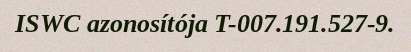
ISWC azonosítója T-007.191.527-9.